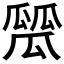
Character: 𤬑